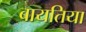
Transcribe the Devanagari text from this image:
बायतिया